Indian Medical Review
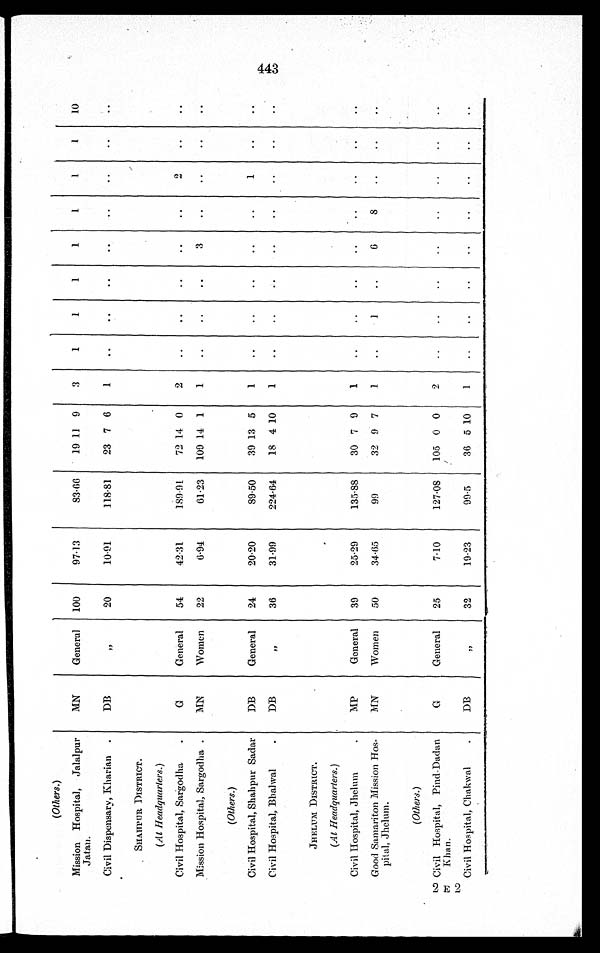
(Others.)
Mission Hospital, Jalalpur
Jatan.
MN
General 100
97.13
83.66
19 11 9
3
1
1
1
1
1
1
1
10
Civil Dispensary, Kharian
DB
"
2 0
10.91
118. 81
23 7 6
1
..
..
..
..
..
. .
. .
. .
SHAHPUR DISTRICT.
(At Headquarters.)
Civil Hospital, Sargodha
G
General
54
42.31
189.91
72 14 0
2
..
..
..
..
..
. .
2
. .
Mission Hospital, Sargodha .
MN
Women
22
6.94
61.23
109 14 1
1
..
..
..
3
..
..
..
..
(Others.)
Civil Hospital, Shahpur Sadar
DB
General
24
20.20
89.50
39 13 5
1
..
..
..
..
..
1
..
..
Civil Hospital, Bhalwal
DB
"
36
31.99
224.64
18 4 10
1
..
..
..
..
..
..
. .
..
JHELUM DISTRICT.
(At Headquarters.)
Civil Hospital, Jhelum
MP
General
39
25.29
135.88
30 7 9
1
..
..
..
..
..
. .
. .
. .
Good Samariton Mission Hos-
pital, Jhelum.
MN
Women
50
34.65
99
32 9 7
1
..
1
..
6
8
. .
. .
. .
(Others.)
Civil Hospital, Pind-Dadan
Khan.
G
General
25
7.10
127.08
105 0 0
2
..
..
..
..
..
..
. .
..
Civil Hospital, Chakwal
DB
"
32
19.23
99.5
36 5 10
1
..
..
..
..
..
..
..
. .